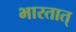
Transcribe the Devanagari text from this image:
भारतात्